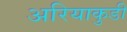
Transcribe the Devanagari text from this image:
अरियाकुडी